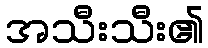
အသီးသီး၏